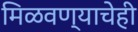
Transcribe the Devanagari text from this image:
मिळवण्याचेही